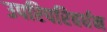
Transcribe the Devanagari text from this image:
उपरिपरिवर्धन